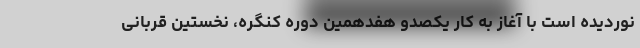
نوردیده است با آغاز به کار یکصدو هفدهمین دوره کنگره، نخستین قربانی